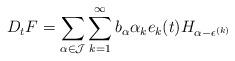
LaTeX: \begin{align*}D_t F=\sum_{\alpha\in\mathcal{J}}\sum_{k=1}^{\infty}b_{\alpha}\alpha_k e_k(t)H_{\alpha-\epsilon^{(k)}}\end{align*}